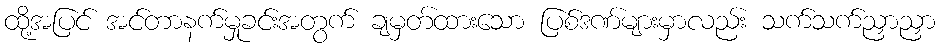
ထို့အပြင် အင်တာနက်မှုခင်းအတွက် ချမှတ်ထားသော ပြစ်ဒဏ်များမှာလည်း သက်သက်ညှာညှာ